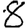
Digit: 8